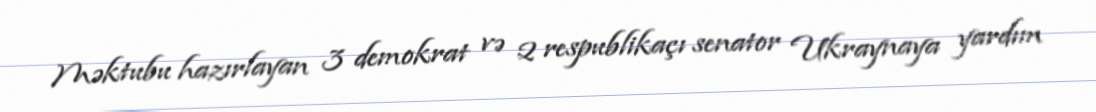
Məktubu hazırlayan 3 demokrat və 2 respublikaçı senator Ukraynaya yardım